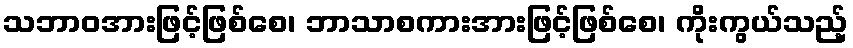
သဘာဝအားဖြင့်ဖြစ်စေ၊ ဘာသာစကားအားဖြင့်ဖြစ်စေ၊ ကိုးကွယ်သည့်